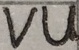
Text: VU